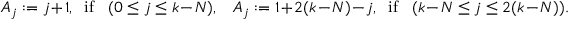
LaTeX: A _ { j } : = j + 1 , \; \; \mathrm { i f } \; \; \; ( 0 \leq j \leq k - N ) , \; \; \; A _ { j } : = 1 + 2 ( k - N ) - j , \; \; \mathrm { i f } \; \; \; ( k - N \leq j \leq 2 ( k - N ) ) .